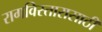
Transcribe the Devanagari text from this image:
रागविस्तारासाठी